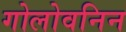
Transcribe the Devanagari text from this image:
गोलोवनिन